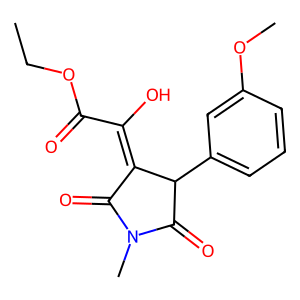
SMILES: CCOC(=O)C(O)=C1C(=O)N(C)C(=O)C1c1cccc(OC)c1
Inhibits HIV replication: No